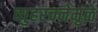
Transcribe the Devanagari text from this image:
व्युहरचनेमुळे